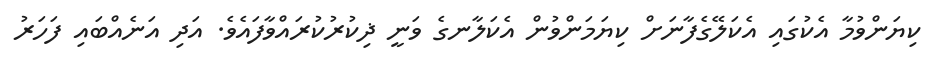
ކިޔަަންވުމާ އެކުގައި އެކަލޭގެފާނަށް ކިޔަމަންވުން އެކަލާނގެ ވަނީ ޛިކުރުކުރައްވާފައެވެ. އަދި އަނެއްބައި ފަހަރު